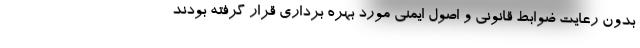
بدون رعایت ضوابط قانونی و اصول ایمنی مورد بهره برداری قرار گرفته بودند